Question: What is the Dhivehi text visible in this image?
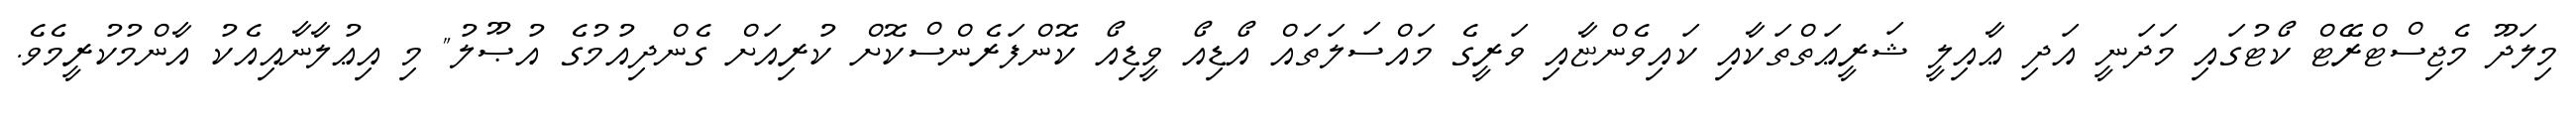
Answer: މިލަދޫ މެޖިސްޓްރޭޓް ކޯޓުގައި މަދަނީ އަދި ޢާއިލީ ޝަރީޢަތްތަކާއި ކައިވެންޏާއި ވަރީގެ މައްސަލަތައް އޯޑިއޯ ވީޑިއޯ ކޮންފަރެންސްކޮށް ކުރިއަށް ގެންދިއުމުގެ އުޞޫލު" މި އިޢުލާނާއިއެކު އާންމުކުރީމެވެ.